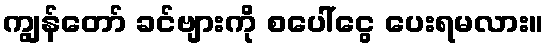
ကျွန်တော် ခင်ဗျားကို စပေါ်ငွေ ပေးရမလား။